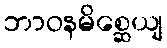
ဘာဝနမိစ္ဆေယျ